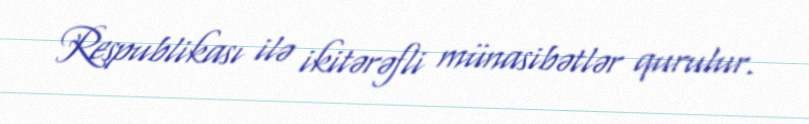
Respublikası ilə ikitərəfli münasibətlər qurulur.